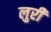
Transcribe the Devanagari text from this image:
लुरी